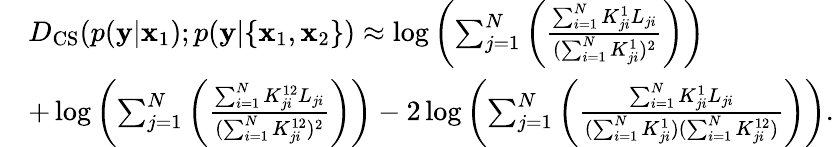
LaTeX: \begin{array}{rl}&{D_{\mathrm{CS}}(p(\mathbf{y}|\mathbf{x}_{1});p(\mathbf{y}|\{ \mathbf{x}_{1},\mathbf{x}_{2}\} )\approx\log\left(\sum_{j=1}^{N}\left(\frac{\sum_{i=1}^{N}K_{ji}^{1}L_{ji}}{(\sum_{i=1}^{N}K_{ji}^{1})^{2}}\right)\right)}\\ &{+\log\left(\sum_{j=1}^{N}\left(\frac{\sum_{i=1}^{N}K_{ji}^{12}L_{ji}}{(\sum_{i=1}^{N}K_{ji}^{12})^{2}}\right)\right)-2\log\left(\sum_{j=1}^{N}\left(\frac{\sum_{i=1}^{N}K_{ji}^{1}L_{ji}}{(\sum_{i=1}^{N}K_{ji}^{1})(\sum_{i=1}^{N}K_{ji}^{12})}\right)\right).}\end{array}